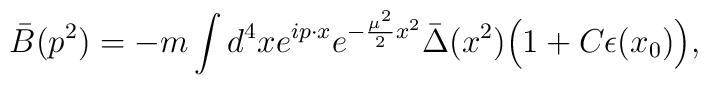
\bar B(p^2)=-m\int d^4xe^{ip\cdot x}e^{-{\mu^2\over 2} x^2}\bar\Delta(x^2)\Big(1+C\epsilon(x_0)\Big) ,